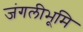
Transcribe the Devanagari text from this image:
जंगलीभूमि